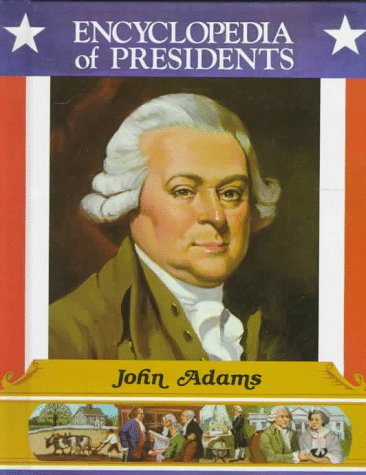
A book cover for John Adams: Second President of the United States (Encyclopedia of Presidents); Marlene Targ Brill; Teen & Young Adult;